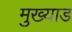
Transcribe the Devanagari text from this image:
मुख्याड